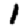
Digit: 1